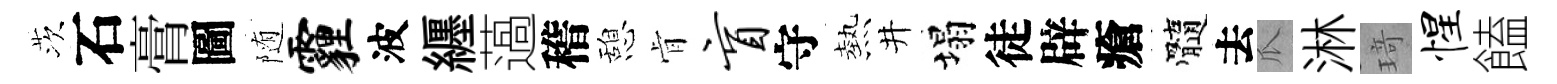
茨石膏圖随霾波纒薖稽憩肻盲守熱井塌徒辟瘡髓去瓜淋𤦺惺饁